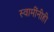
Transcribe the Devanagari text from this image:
स्वामींनीही